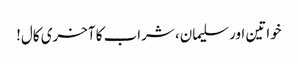
خواتین اور سلیمان، شراب کا آخری کال!